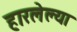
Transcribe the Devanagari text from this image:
हारलेल्या